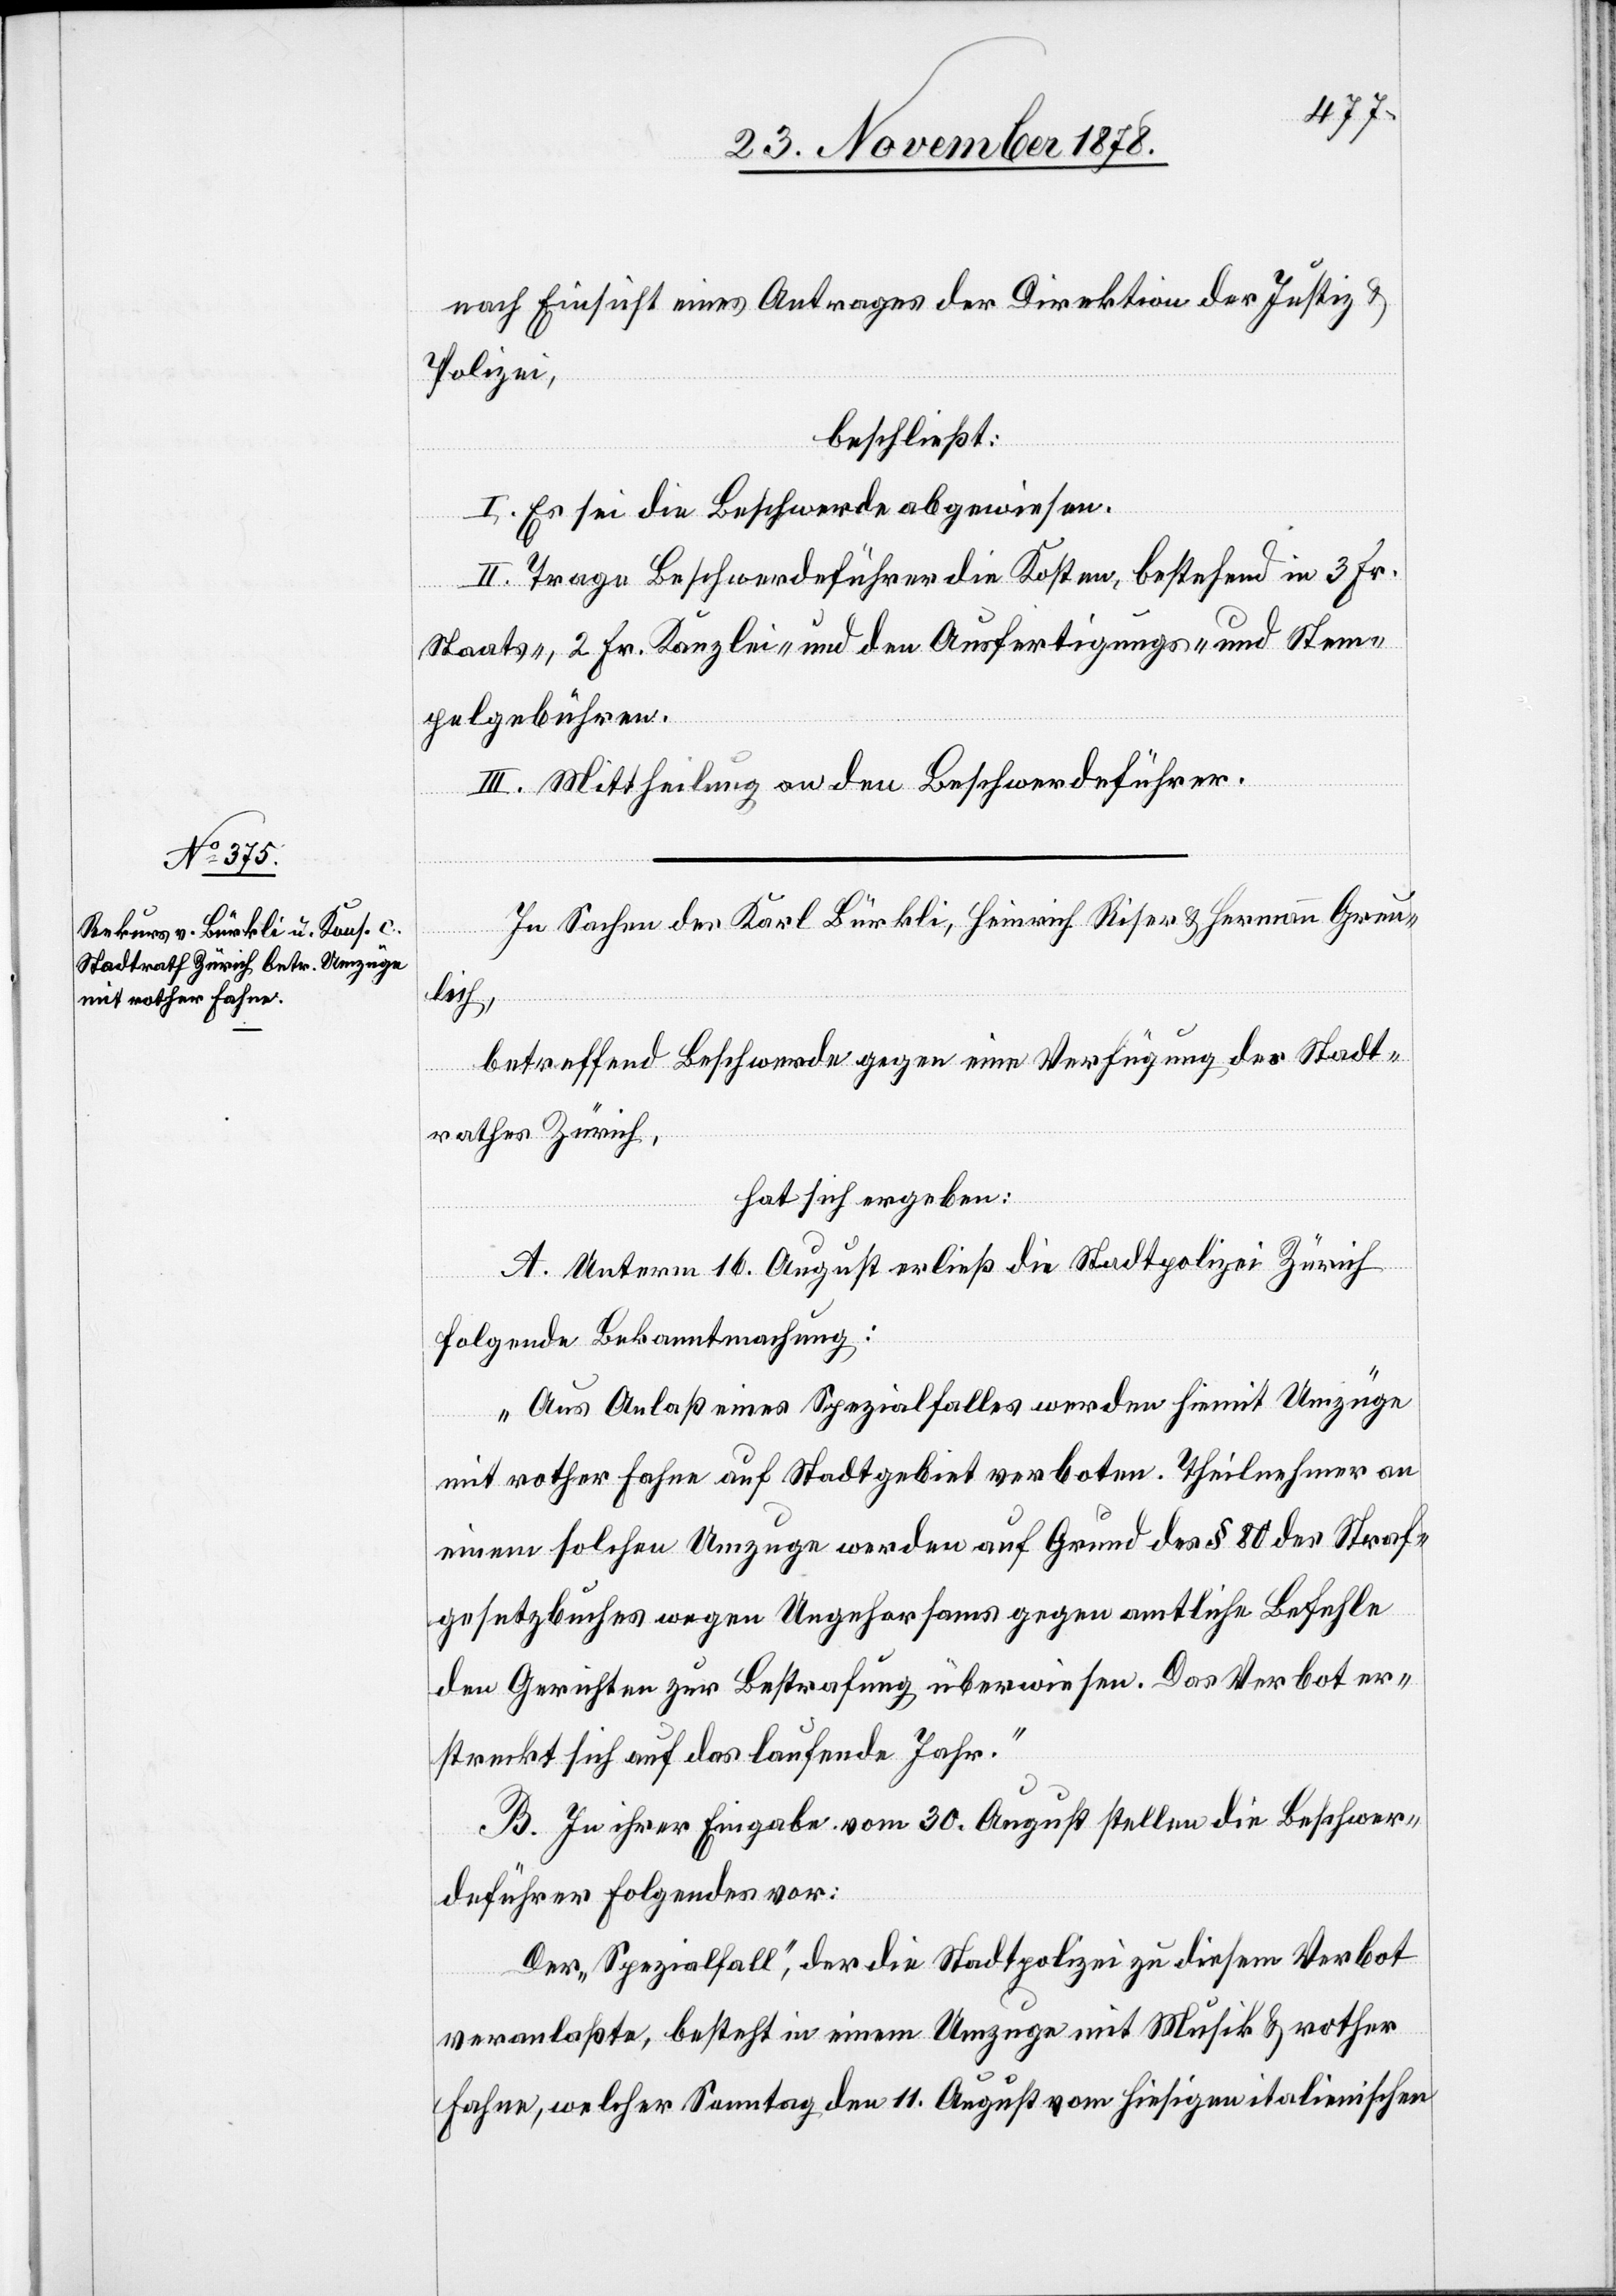
nach Einsicht eines Antrages der Direktion der Justiz &
Polizei,
beschließt:
I. Es sei die Beschwerde abgewiesen.
II. Trage Beschwerdeführer die Kosten, bestehend in 3 Fr.
Staats-, 2 Fr. Kanzlei- und den Ausfertigungs- und Stem¬
pelgebühren.
III. Mittheilung an den Beschwerdeführer.
In Sachen der Karl Bürkli, Heinrich Rieser & Hermann Grun¬
dlich,
betreffend Beschwerde gegen eine Verfügung des Stadt¬
rathes Zürich,
hat sich ergeben:
A. Unterm 16. August erließ die Stadtpolizei Zürich
folgende Bekanntmachung:
„Aus Anlaß eines Spezialfalles werden hiemit Umzüge
mit rother Fahne auf Stadtgebiet verboten. Theilnehmer an
einem solchen Umzuge werden auf Grund des § 80 des Straf¬
gesetzbuches wegen Ungehorsams gegen amtliche Befehle
den Gerichten zur Bestrafung überwiesen. Das Verbot er¬
streckt sich auf das laufende Jahr.“
B. In ihrer Eingabe vom 30. August stellen die Beschwer¬
deführer folgendes vor:
Der „Spezialfall“, der die Stadtpolizei zu diesem Verbot
veranlaßte, besteht in einem Umzuge mit Musik & rother
Fahne, welcher Sonntag den 11. August von hiesigen italienischen